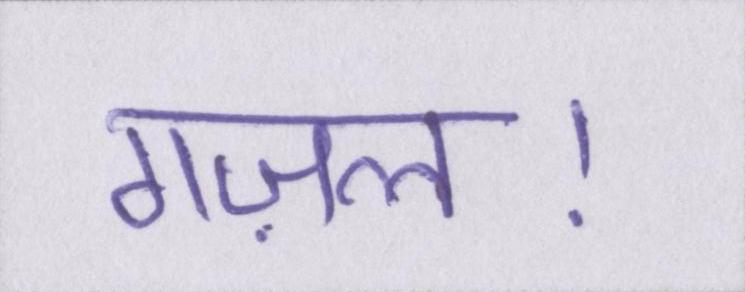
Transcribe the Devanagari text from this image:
गज़ल।